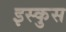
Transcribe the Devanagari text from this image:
इस्कुस